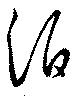
泊